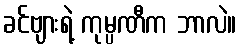
ခင်ဗျားရဲ့ ကုမ္ပဏီက ဘာလဲ။